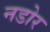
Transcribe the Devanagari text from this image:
नडोर